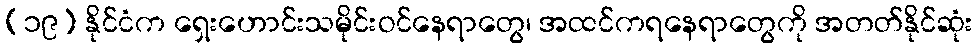
(၁၉) နိုင်ငံက ရှေးဟောင်းသမိုင်းဝင်နေရာတွေ၊ အထင်ကရနေရာတွေကို အတတ်နိုင်ဆုံး